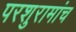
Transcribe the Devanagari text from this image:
परशुरामांच